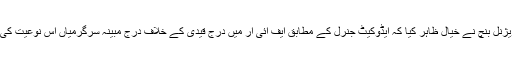
جسٹس علی محمد ماگرے اور جسٹس ونود چٹرجی پر مشتمل ہائی کورٹ کے ڈویژنل بنچ نے خیال ظاہر کیا کہ ایڈوکیٹ جنرل کے مطابق ایف آئی آر میں درج قیدی کے خلاف درج مبینہ سرگرمیاں اس نوعیت کی نہیں ہے کہ اگر ایک بار سرزد ہوں تو اس سے ماضی کی غلطی سمجھا جائے ۔